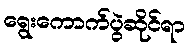
ရွေးကောက်ပွဲဆိုင်ရာ